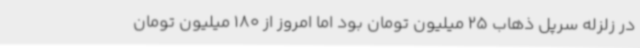
در زلزله سرپل ذهاب 25 میلیون تومان بود اما امروز از 180 میلیون تومان